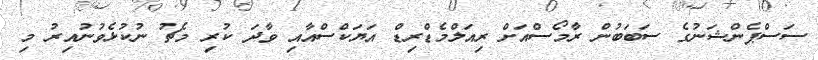
ސަސްޕެންޝަނުގެ ސަބަބުން ރާމޯސްއަށް ރިއަލްމެޑްރިޑް އަޔަކްސްއާއި ވާދަ ކުރި މެޗު ނުކުޅެވުނުއިރު މި